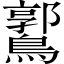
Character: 𪅪